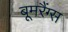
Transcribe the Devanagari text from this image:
बूमरैंग्स